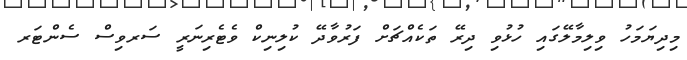
މިދިޔަމަހު ވިލިމާލޭގައި ހުޅުވި ދިރޭ ތަކެއްޗަށް ފަރުވާދޭ ކުލިނިކް ވެޓެރިނަރީ ސަރވިސް ސެންޓަރ